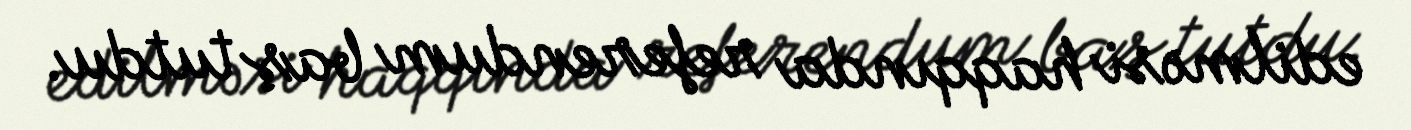
edilməsi haqqında referendum baş tutdu.